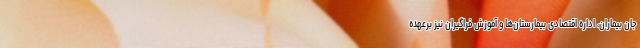
جان بیماران، اداره اقتصادی بیمارستان‌ها و آموزش فراگیران نیز برعهده